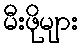
မီးဖိုများ